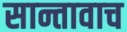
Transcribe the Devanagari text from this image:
सान्तावाच